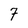
Character: 7